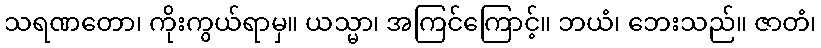
သရဏတော၊ ကိုးကွယ်ရာမှ။ ယသ္မာ၊ အကြင်ကြောင့်။ ဘယံ၊ ဘေးသည်။ ဇာတံ၊